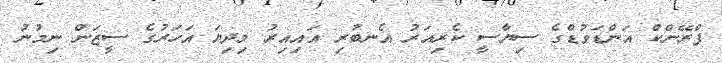
ފްރޭންކް އަންޑަވުޑްގެ ސިޔާސީ ކެރިއަރު އެނބުރި އައިއިރު މިދިޔަ އަހަރުގެ ސީޒަން ނިމުނު